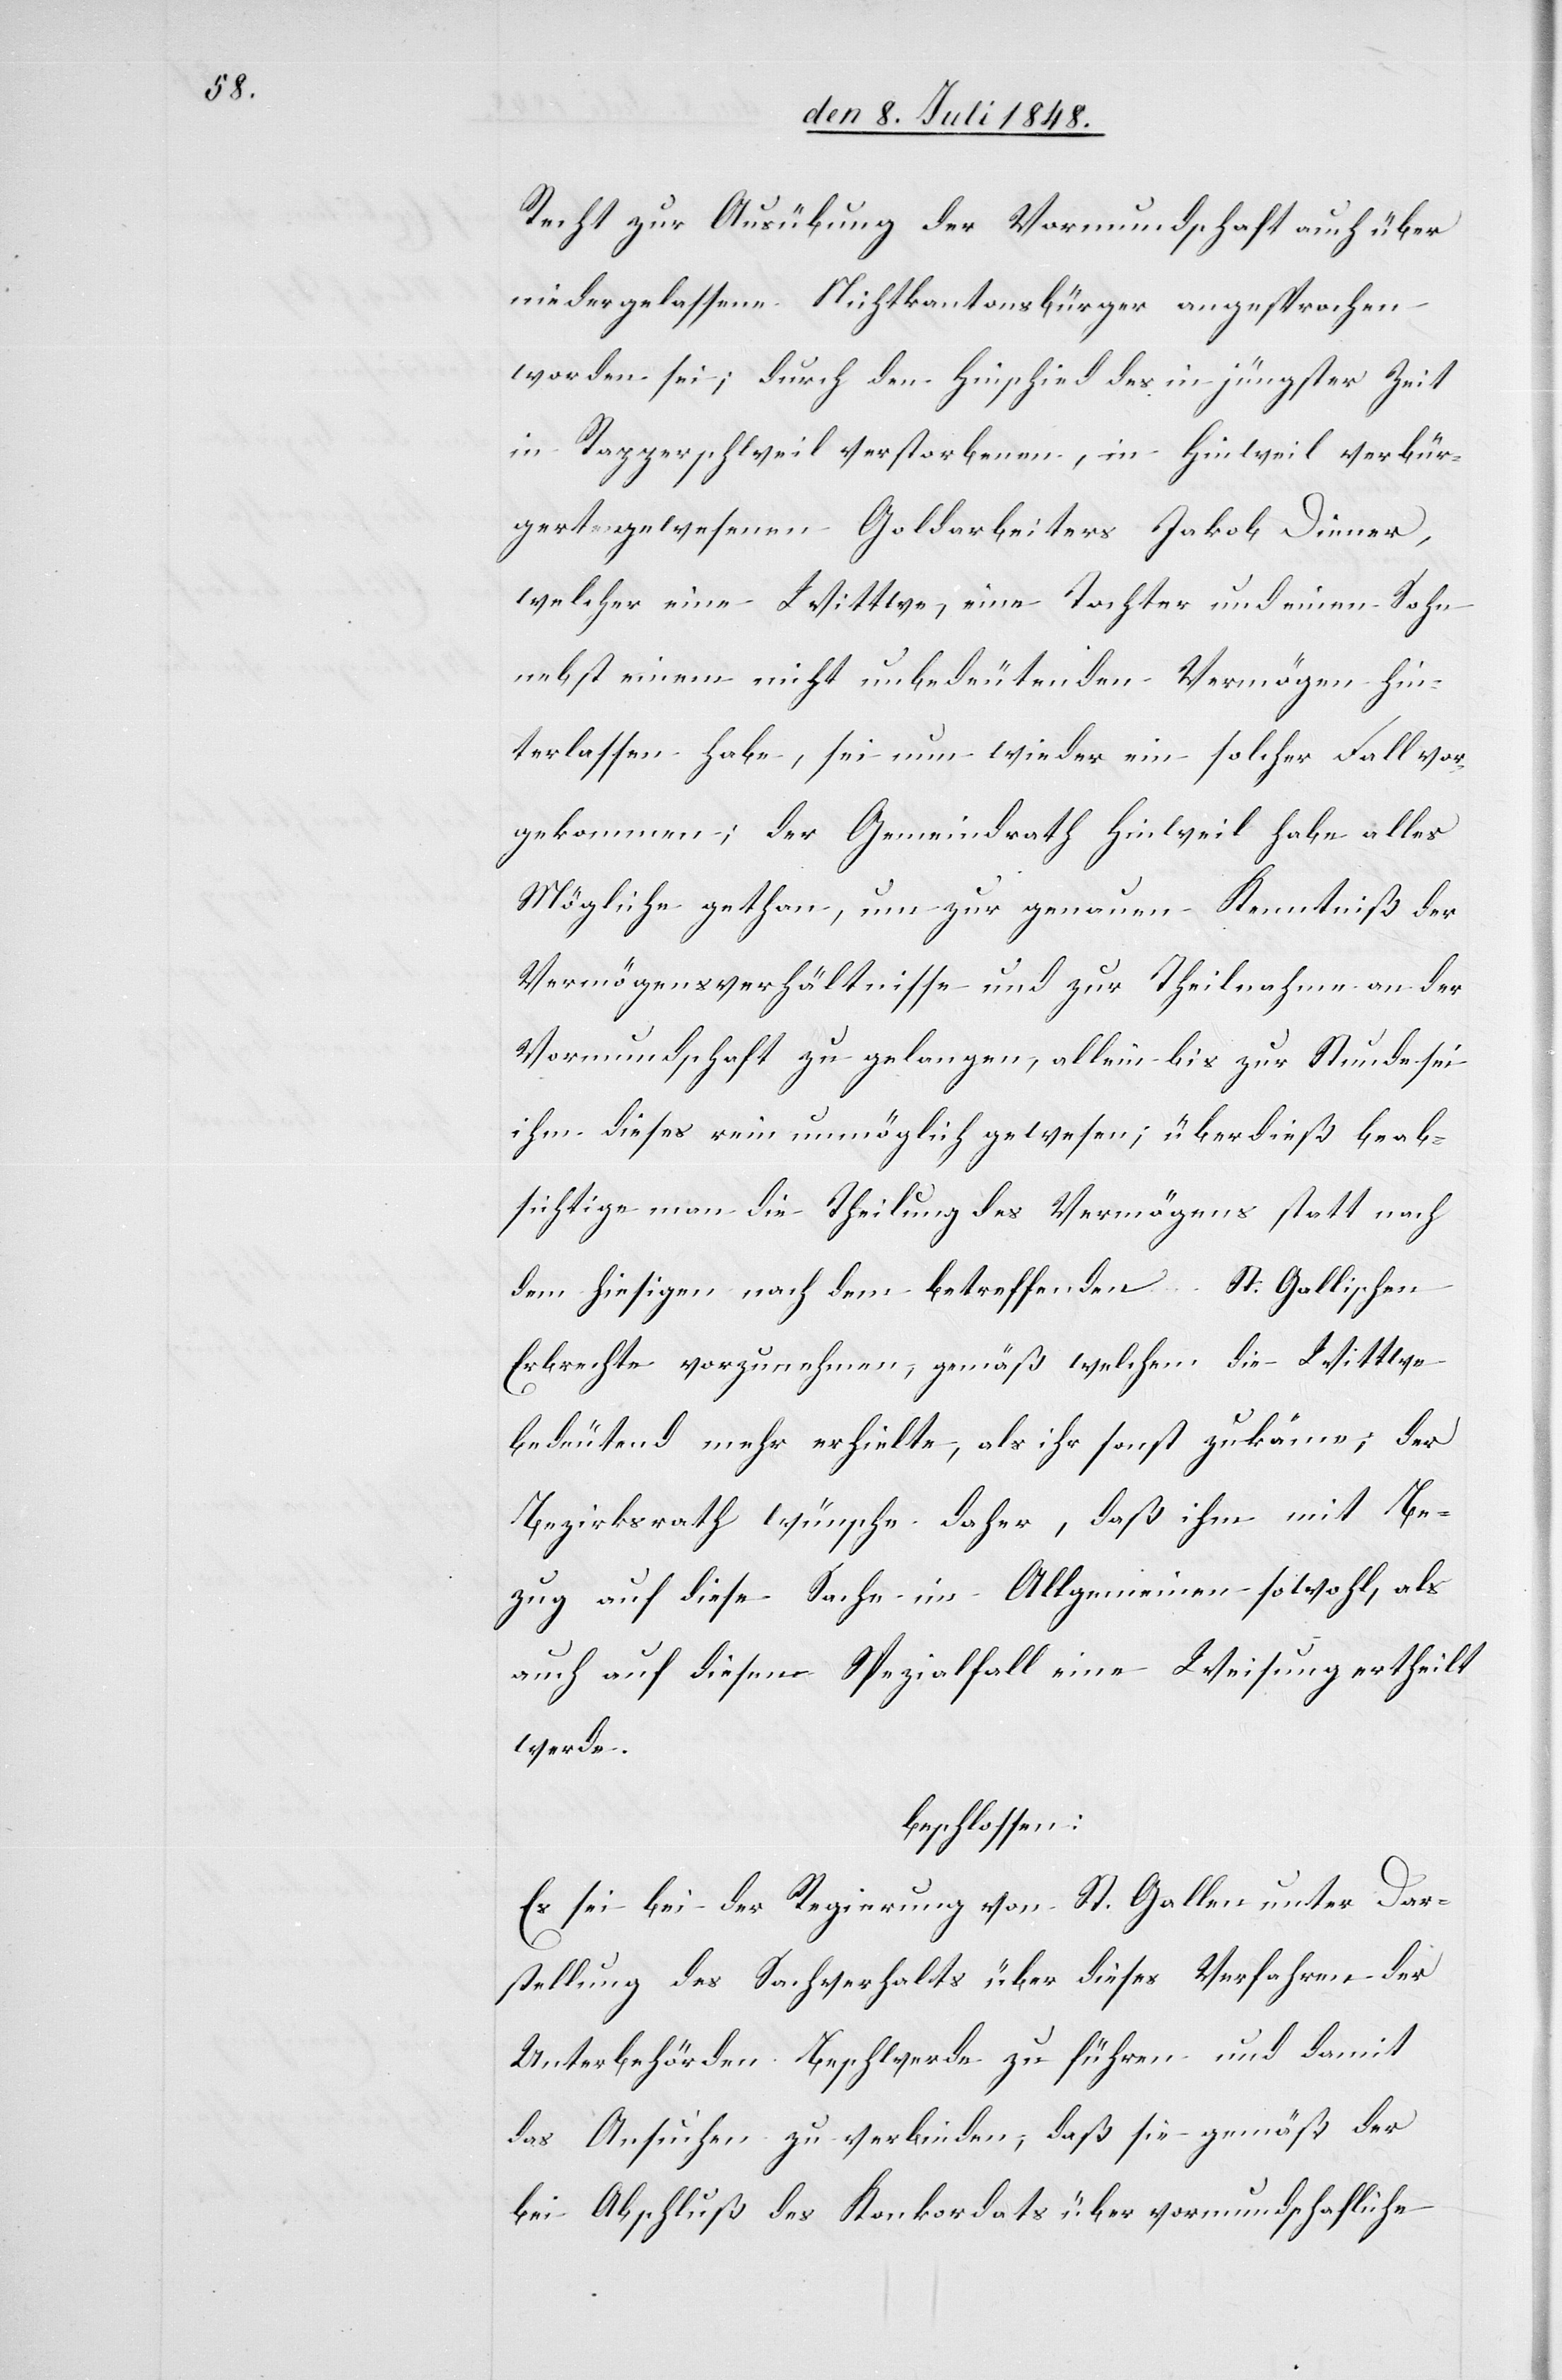
Recht zur Ausübung der Vormundschaft auch über
niedergelassene Nichtkantonsbürger angesprochen
worden sei; durch den Hinschied des in jüngster Zeit
in Rapperschweil verstorbenen, in Hinweil verbür¬
gert gewesenen Goldarbeiters Jakob Diener,
welcher eine Wittwe, eine Tochter und einen Sohn
nebst einem nicht unbedeutenden Vermögen hin¬
terlassen habe, sei nun wieder ein solcher Fall vor¬
gekommen; der Gemeindrath Hinweil habe alles
Mögliche gethan, um zur genauen Kenntniß der
Vermögensverhältnisse und zur Theilnahme an der
Vormundschaft zu gelangen, allein bis zur Stunde sei
ihm dieses rein unmöglich gewesen; überdieß beab¬
sichtige man die Theilung des Vermögens statt nach
dem hiesigen nach dem betreffenden St. Gallischen
Erbrechte vorzunehmen, gemäß welchem die Witte
bedeutend mehr erhielte, als ihr sonst zukäme; der
Bezirksrath wünsche daher, daß ihm mit Be¬
zug auf diese Sache im Allgemeinen sowohl, als
auch auf diesen Spezialfall eine Weisung ertheilt
werde
beschlossen:
Es sei bei der Regierung von St. Gallen unter Dar¬
stellung des Sachverhalts über dieses Verfahren der
Unterbehörden Beschwerde zu führen und damit
das Ansuchen zu verbinden, daß sie gemäß der
bei Abschluß des Konkordats über vormundschaftliche